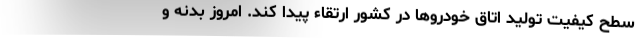
سطح کیفیت تولید اتاق خودروها در کشور ارتقاء پیدا کند. امروز بدنه و